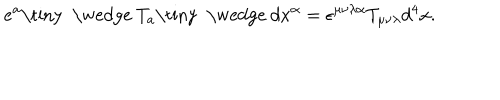
e ^ { a } \mathrm { \tiny ~ \wedge ~ } T _ { a } \mathrm { \tiny ~ \wedge ~ } d x ^ { \alpha } = \epsilon ^ { \mu \nu \lambda \alpha } T _ { \mu \nu \lambda } d ^ { 4 } x .